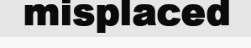
misplaced